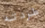
طردته